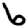
Digit: 6